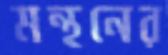
মন্থনের